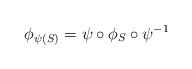
LaTeX: \begin{align*} \phi_{\psi(S)}=\psi\circ\phi_{S}\circ\psi^{-1}\end{align*}